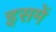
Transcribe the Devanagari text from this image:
इसमेें